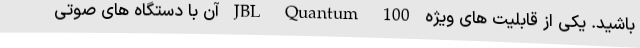
باشید. یکی از قابلیت های ویژه JBL Quantum 100 آن با دستگاه های صوتی